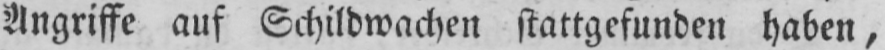
Angriffe auf Schildwachen stattgefunden haben,